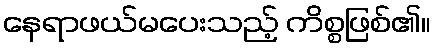
နေရာဖယ်မပေးသည့် ကိစ္စဖြစ်၏။